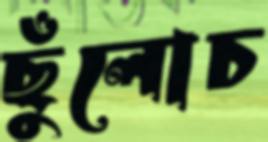
ছুঁলোচ